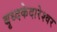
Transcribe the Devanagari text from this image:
बृध्दकेदारेश्वर